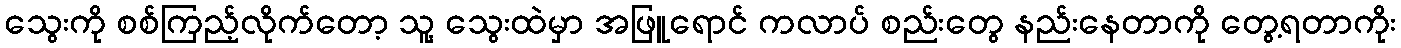
သွေးကို စစ်ကြည့်လိုက်တော့ သူ့ သွေးထဲမှာ အဖြူရောင် ကလာပ် စည်းတွေ နည်းနေတာကို တွေ့ရတာကိုး